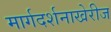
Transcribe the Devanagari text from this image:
मार्गदर्शनाखेरीज